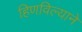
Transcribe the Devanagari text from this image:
हिणविल्याने